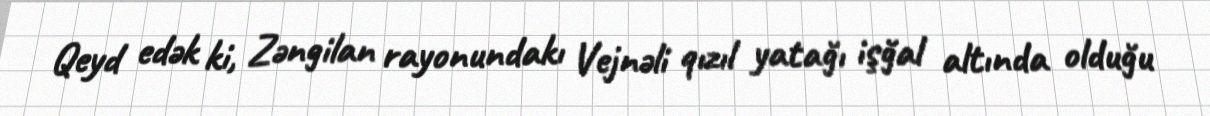
Qeyd edək ki, Zəngilan rayonundakı Vejnəli qızıl yatağı işğal altında olduğu